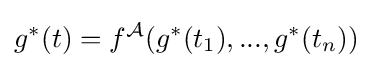
g^{\ast }(t)=f^{\mathcal {A}}(g^{\ast }(t_{1}),...,g^{\ast }(t_{n}))